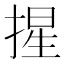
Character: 𭡦